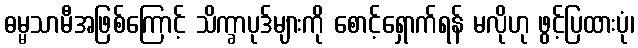
ဓမ္မသာမီအဖြစ်ကြောင့် သိက္ခာပုဒ်များကို စောင့်ရှောက်ရန် မလိုဟု ဖွင့်ပြထားပုံ၊